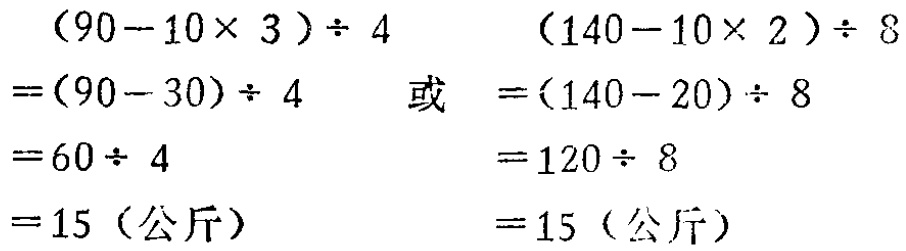
\[
\begin{align*}
&(90 - 10\times3)\div4\\
=&(90 - 30)\div4\\
=&60\div4\\
=&15 (\text{公斤})
\end{align*}
\]
或
\[
\begin{align*}
&(140 - 10\times2)\div8\\
=&(140 - 20)\div8\\
=&120\div8\\
=&15 (\text{公斤})
\end{align*}
\]